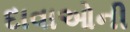
દાવાઓની